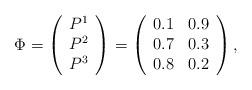
LaTeX: \begin{align*}\Phi=\left(\begin{array}{c}P^1\\ P^2\\ P^3\end{array}\right)=\left(\begin{array}{cc}0.1 & 0.9\\0.7 & 0.3 \\0.8 & 0.2\end{array}\right),\end{align*}